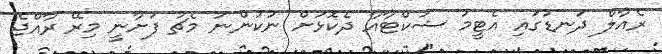
ރެއާލް ދަނޑުގައި އެޓީމު ޝަކްޓާއާ ދެކޮޅަށް ނުކުންނަ މެޗު ފަށާނީ މިރޭ ރާއްޖެ